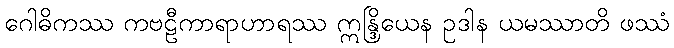
ဂေါဓိကဿ ကဗဠီကာရာဟာရဿ ဣန္ဒြိယေန ဥဒါန ယမဿာတိ ဖဿံ